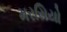
મરસિયો